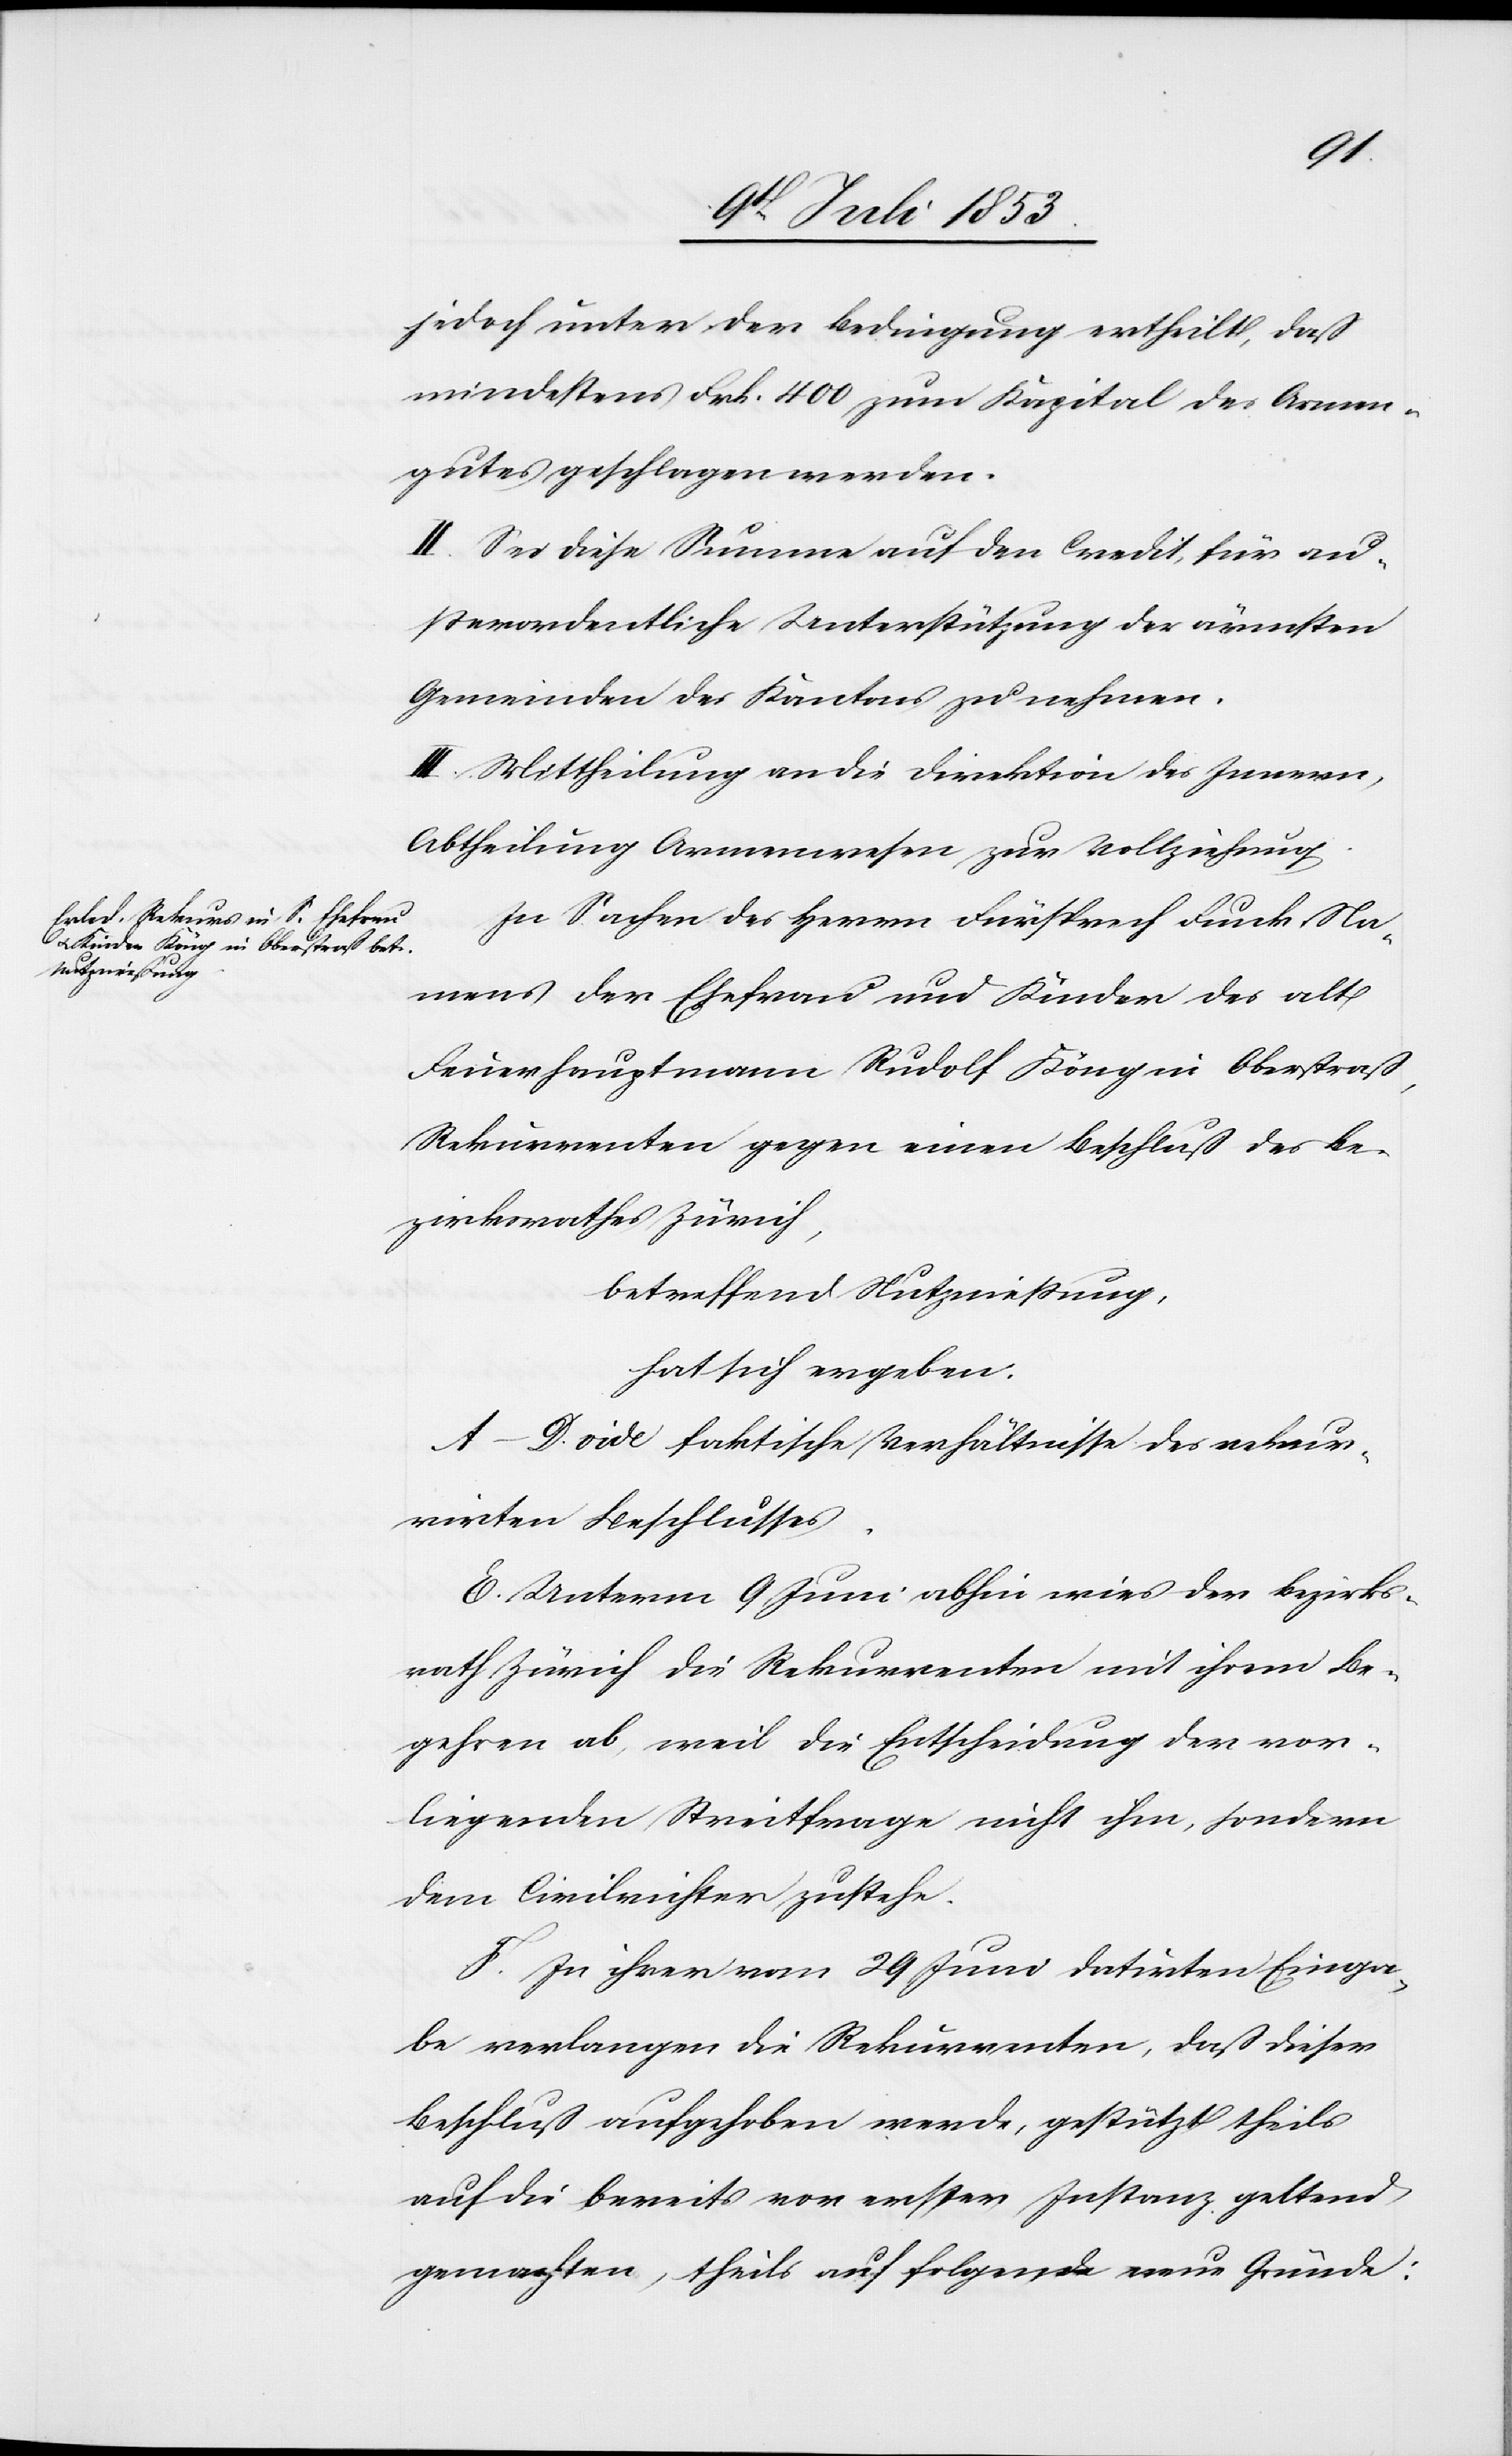
jedoch unter der Bedingung ertheilt, daß
mindestens Frk. 400 zum Kapital des Armen¬
gutes geschlagen werden.
II. Sei diese Summe auf den Credit für au¬
ßerordentliche Unterstützung der ärmsten
Gemeinden des Kantons zu nehmen.
In Sachen des Herrn Fürsprech Funk Na¬
mens der Ehefrau und Kinder des alt
Feuerhauptmann Rudolf Köng in Oberstraß,
Rekurrenten gegen einen Beschluß des Be¬
zirksrathes Zürich,
betreffend Nutznießung,
hat sich ergeben:
A–D. vide faktische Verhältniße des rekur¬
rirten Beschlusses.
E. Unterm 9 Juni abhin wies der Bezirks¬
rath Zürich die Rekurrenten mit ihrem Be¬
gehren ab, weil die Entscheidung der vor¬
liegenden Streitfrage nicht ihm, sondern
dem Civilrichter zustehe.
F. In ihrer vom 29 Juni datirten Einga¬
be verlangen die Rekurrenten, daß dieser
Beschluss aufgehoben werde, gestützt theils
auf die bereits vor erster Instanz geltend
gemachten, theils auf folgende neue Gründe: